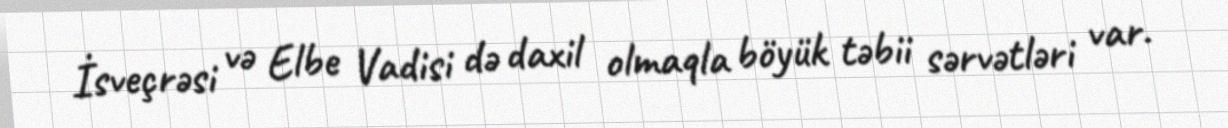
İsveçrəsi və Elbe Vadisi də daxil olmaqla böyük təbii sərvətləri var.